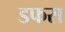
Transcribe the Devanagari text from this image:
डफस